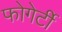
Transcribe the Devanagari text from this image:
फोगेर्टी